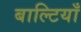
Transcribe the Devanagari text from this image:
बाल्टियाँ